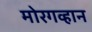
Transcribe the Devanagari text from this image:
मोरगव्हान